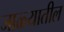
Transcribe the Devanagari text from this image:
जाळ्यातील